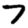
Digit: 7